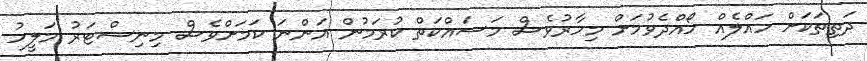
ދަތިތަކަށް ހައްލެއް ހޯއްދެވުމަށް މިހާރުވެސް މަސައްކަތް ކުރަމުން އަންނަ ކަމަށްވެސް މިނިސްޓަރު މަލީހު